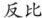
反比